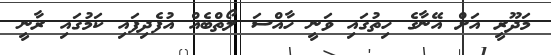
މަދޫރީ އަށް އޭނާގެ ހިތުގައި ވަނީ ހާއްސަ ލޯތްބެއް އުފެދިފައި ކަމުގައި ރާނީ